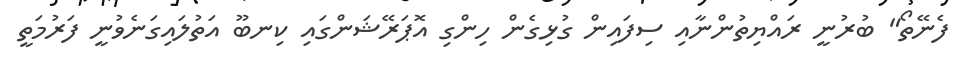
ފެނޭތޯ" ބުރުނީ ރައްޔިތުންނާއި ސިފައިން ގުޅިގެން ހިންގި އޮޕަރޭޝަންގައި ކިނބޫ އަތުލައިގަނެވުނީ ފަރުމަތީ